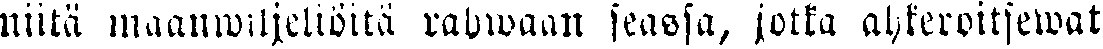
niitä maanwiljeliöitä rahwaan seassa, jotka ahkeroitsewat